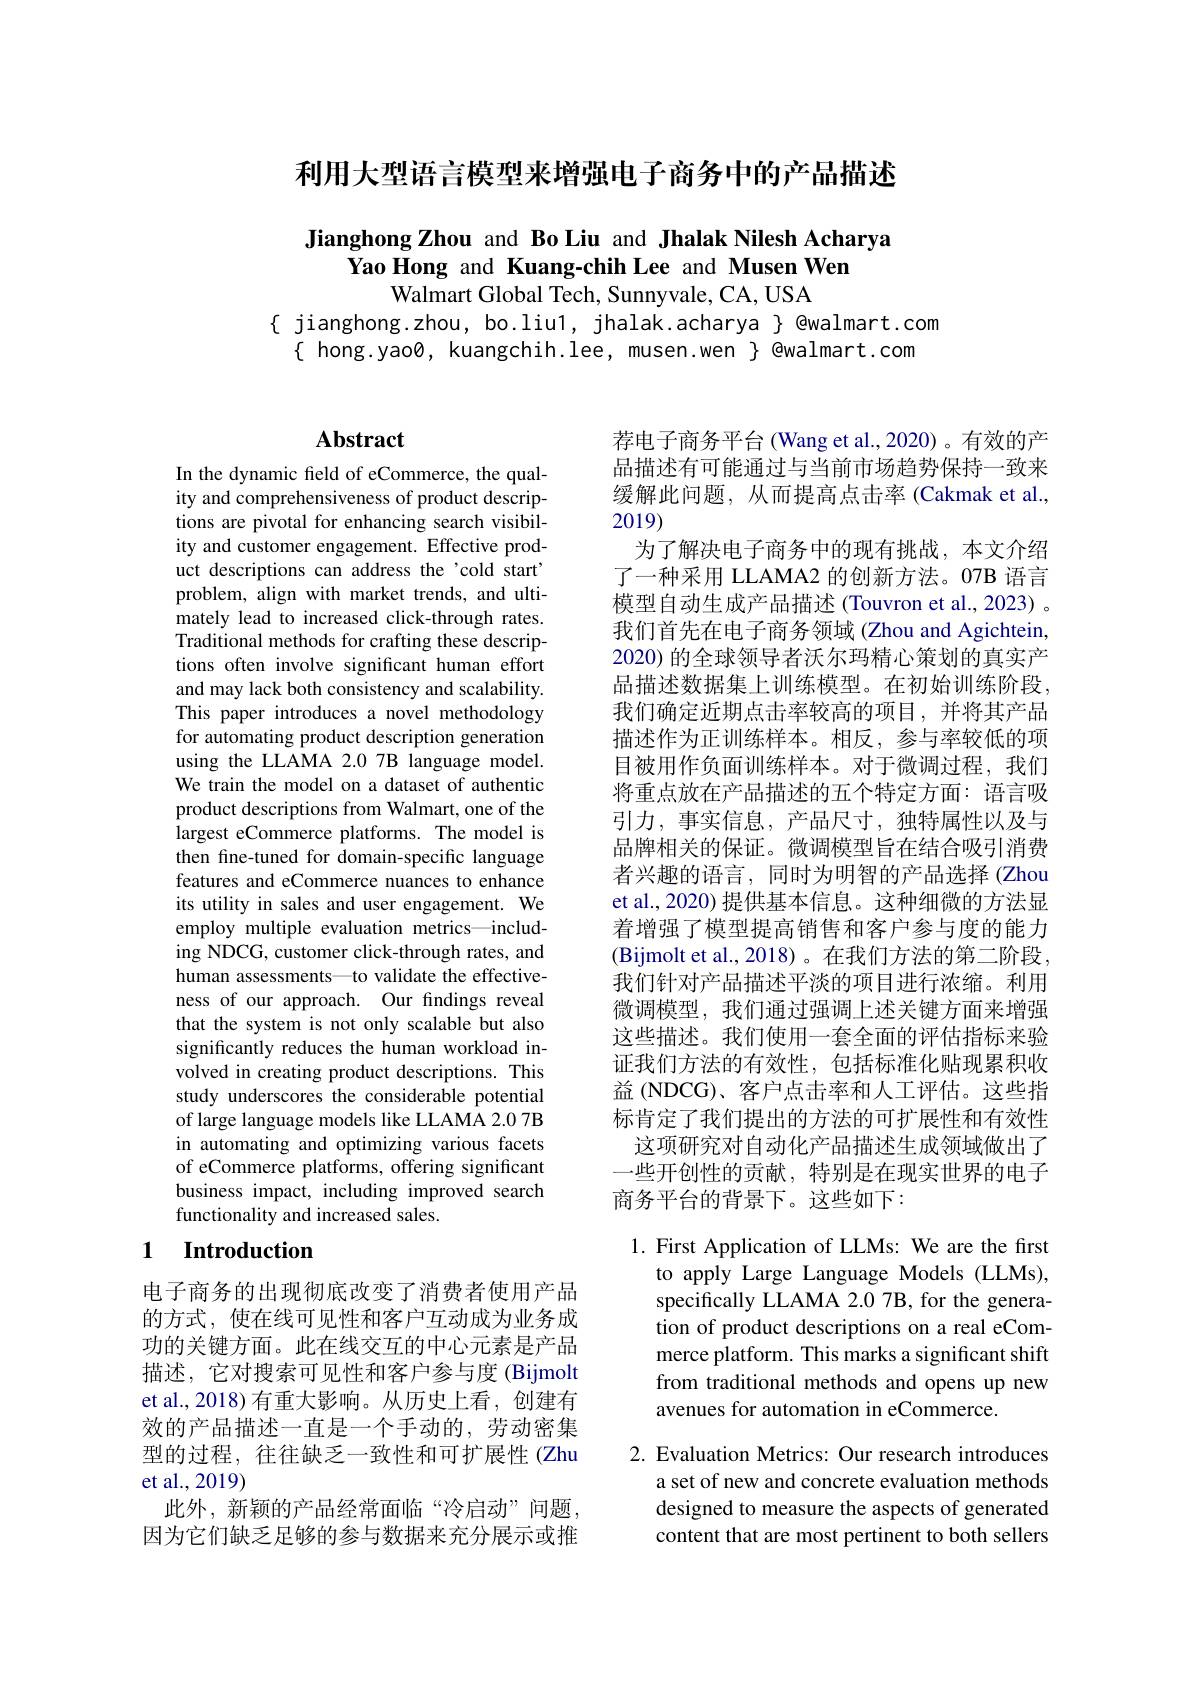
利用大型语言模型来增强电子商务中的产品描述

## Jianghong Zhou and Bo Liu and Jhalak Nilesh Acharya Yao Hong and Kuang-chih Lee and Musen Wen Walmart Global Tech, Sunnyvale, CA, USA

$\{$ jianghong.zhou, bo.liu1, jhalak.acharya $\}$ @walmart.com
$\{$ hong.yao0, kuangchih.lee, musen.wen $\}$ @walmart.com

## $\mathbf{Abstract}$

In the dynamic field of eCommerce, the quality and comprehensiveness of product descriptions are pivotal for enhancing search visibility and customer engagement. Effective product descriptions can address the'cold start' problem, align with market trends, and ultimately lead to increased click-through rates. Traditional methods for crafting these descriptions often involve significant human effort and may lack both consistency and scalability. This paper introduces a novel methodology for automating product description generation using the LLAMA 2.0 7B language model. We train the model on a dataset of authentic product descriptions from Walmart, one of the largest eCommerce platforms. The model is then fine-tuned for domain-specific language features and eCommerce nuances to enhance its utility in sales and user engagement. We employ multiple evaluation metrics—including NDCG, customer click-through rates, and human assessments—to validate the effectiveness of our approach. Our findings reveal that the system is not only scalable but also significantly reduces the human workload involved in creating product descriptions. This study underscores the considerable potential of large language models like LLAMA 2.0 7B in automating and optimizing various facets of eCommerce platforms, offering significant business impact, including improved search functionality and increased sales.

### 1 $\textbf{Introduction}$

电子商务的出现彻底改变了消费者使用产品的方式，使在线可见性和客户互动成为业务成功的关键方面。此在线交互的中心元素是产品描述，它对搜索可见性和客户参与度(Bijmolt et al.,2018)有重大影响。从历史上看，创建有效的产品描述一直是一个手动的，劳动密集型的过程，往往缺乏一致性和可扩展性 (Zhu et al.,2019)
此外，新颖的产品经常面临“冷启动”问题， 因为它们缺乏足够的参与数据来充分展示或推

荐电子商务平台(Wang et al.,2020)。有效的产品描述有可能通过与当前市场趋势保持一致来缓解此问题，从而提高点击率 (Cakmak et al., 2019)
为了解决电子商务中的现有挑战，本文介绍了一种采用 LLAMA2 的创新方法。07B 语言模型自动生成产品描述(Touvron et al., 2023) 。我们首先在电子商务领域 (Zhou and Agichtein, 2020) 的全球领导者沃尔玛精心策划的真实产品描述数据集上训练模型。在初始训练阶段， 我们确定近期点击率较高的项目，并将其产品描述作为正训练样本。相反，参与率较低的项目被用作负面训练样本。对于微调过程，我们将重点放在产品描述的五个特定方面：语言吸引力，事实信息，产品尺寸，独特属性以及与品牌相关的保证。微调模型旨在结合吸引消费者兴趣的语言，同时为明智的产品选择(Zhou et al., 2020) 提供基本信息。这种细微的方法显着增强了模型提高销售和客户参与度的能力(Bijmolt et al., 2018)。在我们方法的第二阶段， 我们针对产品描述平淡的项目进行浓缩。利用微调模型，我们通过强调上述关键方面来增强这些描述。我们使用一套全面的评估指标来验证我们方法的有效性，包括标准化贴现累积收益 (NDCG)、客户点击率和人工评估。这些指标肯定了我们提出的方法的可扩展性和有效性
这项研究对自动化产品描述生成领域做出了一些开创性的贡献，特别是在现实世界的电子商务平台的背景下。这些如下：

1. First Application of LLMs: We are the first
to apply Large Language Models (LLMs), specifically LLAMA 2.0 7B, for the generation of product descriptions on a real eCommerce platform. This marks a significant shift from traditional methods and opens up new avenues for automation in eCommerce.

2. Evaluation Metrics: Our research introduces
a set of new and concrete evaluation methods designed to measure the aspects of generated content that are most pertinent to both sellers